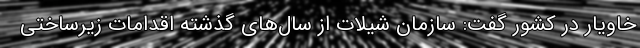
خاویار در کشور گفت: سازمان شیلات از سال‌های گذشته اقدامات زیرساختی